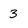
Character: 3